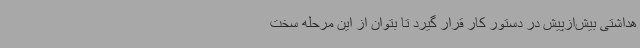
هداشتی بیش‌ازپیش در دستور کار قرار گیرد تا بتوان از این مرحله سخت